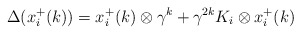
\begin{align*}\Delta (x^+_i(k)) = x^+_i(k) \otimes \gamma^k + \gamma^{2k} K_i \otimes x^+_i(k)\end{align*}